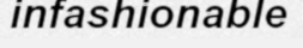
infashionable